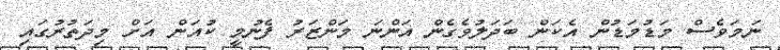
ނަމަވެސް މަޑުމަޑުން އެކަން ބަދަލުވެގެން އަންނަ މަންޒަރު ފެނުމީ ކުއަން އަށް މިދަތުރުގައި